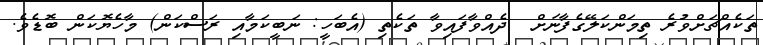
ތަކެއްޗަށްވުރެ ތިމަންކަލޭގެފާނަށް  ދެއްވާފައިވާ ތަކެތި (އެބަހީ: ނަބީކަމާއި ރަސްކަން) މާހެޔޮކަން ބޮޑެވެ.